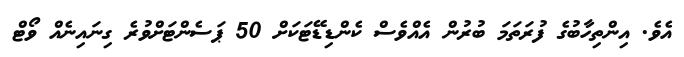
އެވެ. އިންތިހާބުގެ ފުރަތަމަ ބުރުން އެއްވެސް ކެންޑިޑޭޓަކަށް 50 ޕަސެންޓަށްވުރެ ގިނައިނެއް ވޯޓް